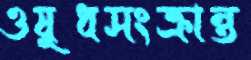
ওষুধসংক্রান্ত